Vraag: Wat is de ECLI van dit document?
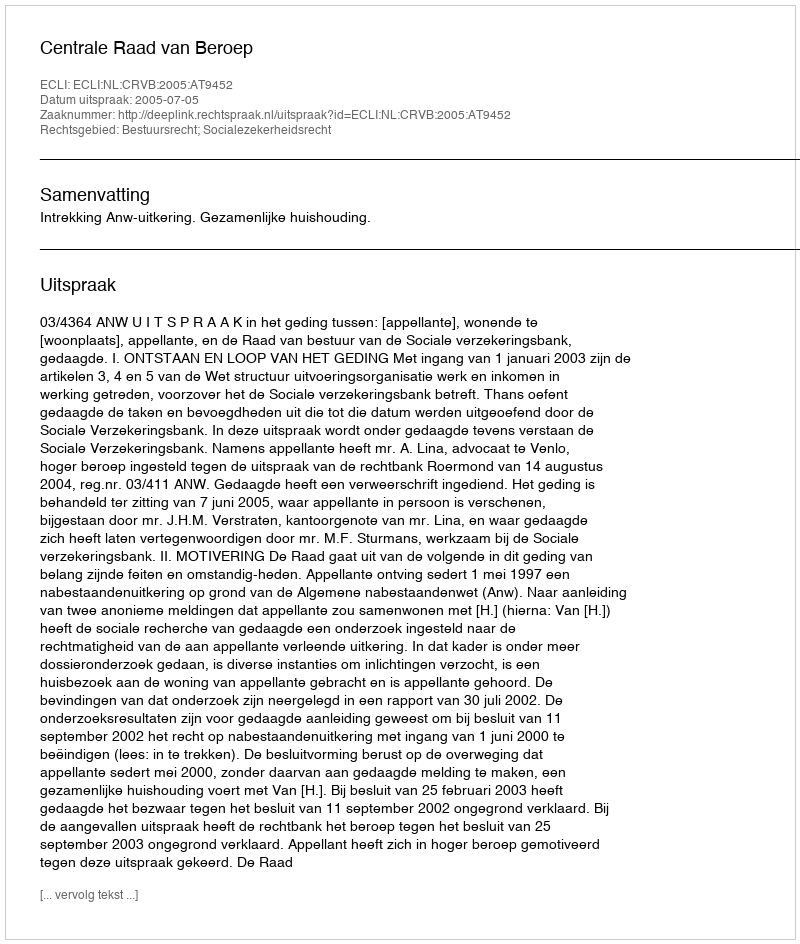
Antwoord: ECLI:NL:CRVB:2005:AT9452